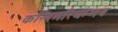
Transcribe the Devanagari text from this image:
कन्निमरियम्मन